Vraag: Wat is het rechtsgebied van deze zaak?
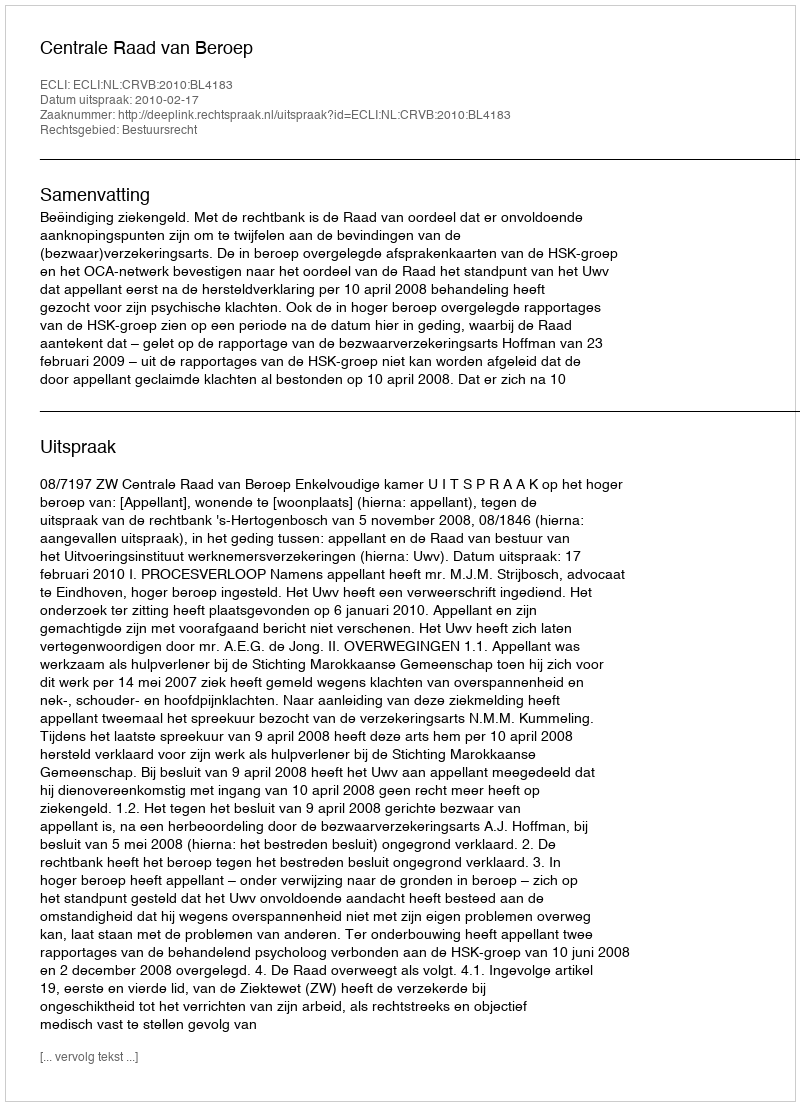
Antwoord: Bestuursrecht